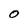
Character: O